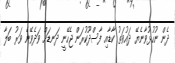
ދެން ނުހުޅުވާނެޔޭ ދައުވަތު ކާޑާއި ފާސްދޫކުރަން ޖެހޭނީ ދަނޑަށް ވަދެވޭނެ ވަރު ބަލާ